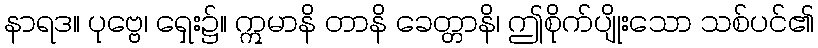
နာရဒ။ ပုဗ္ဗေ၊ ရှေး၌။ ဣမာနိ တာနိ ခေတ္တာနိ၊ ဤစိုက်ပျိုးသော သစ်ပင်၏